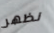
نظهر